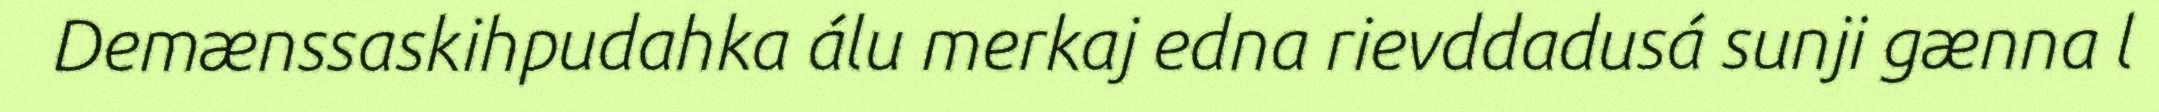
Demænssaskihpudahka álu merkaj edna rievddadusá sunji gænna l